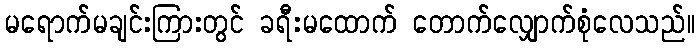
မရောက်မချင်းကြားတွင် ခရီးမထောက် တောက်လျှောက်စုံလေသည်။